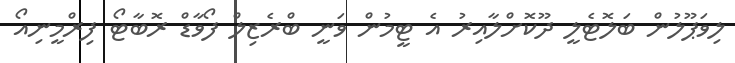
ލިވަޕޫލުން ބަލޮޓެލީ ދޫކޮށްލާއިރު އެ ޓީމުން ވަނީ ބްރެޒިލް ފޯވާޑް ރޮބާޓޯ ފިރްމީނިއޯ